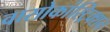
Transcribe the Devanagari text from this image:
वासोकांस्ट्रिक्शन